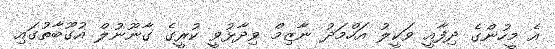
އެ މީހުންގެ ދިފާއީ ވަކީލު އަހްމަދު ނާޒިމް ވިދާޅުވީ ކުރީގެ ގާނޫނުލް އުގޫބާތުގައި